Problem: 9 × 3 = ?
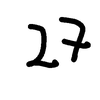
Handwritten answer: 27